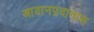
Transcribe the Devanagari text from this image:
आदानप्रदानास